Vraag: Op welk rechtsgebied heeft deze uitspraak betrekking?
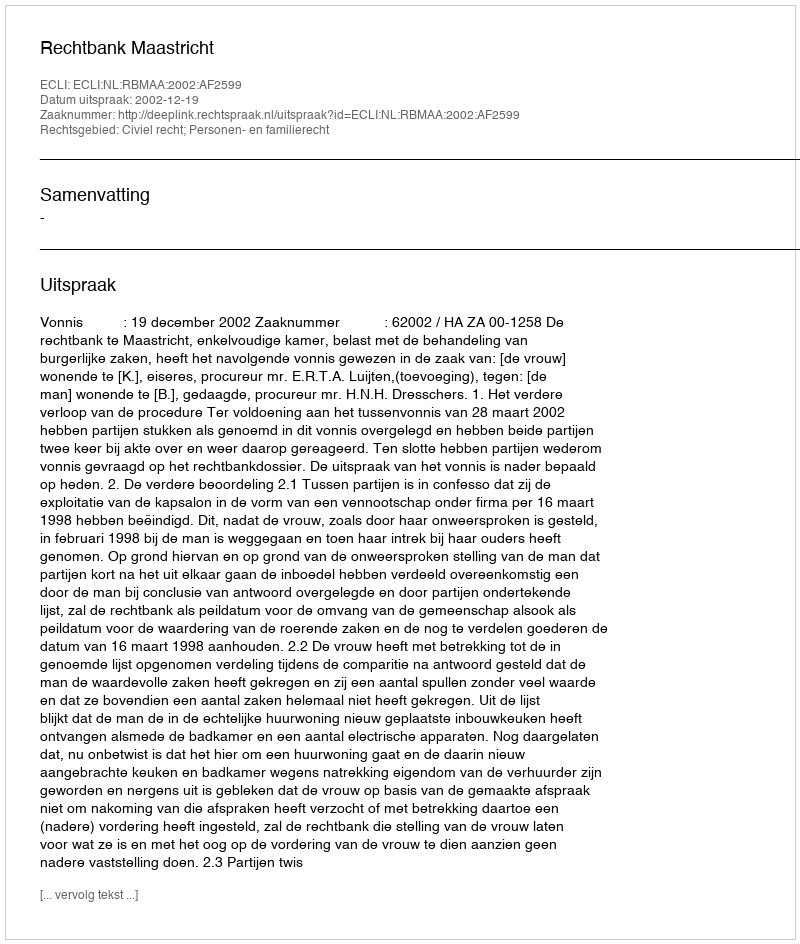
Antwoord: Civiel recht; Personen- en familierecht